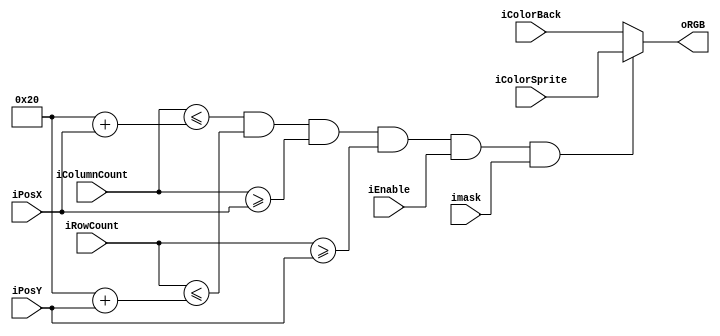
`timescale 1ns / 1ps
//////////////////////////////////////////////////////////////////////////////////
// Company: 
// Engineer: 
// 
// Design Name: 
// Module Name:    Sprite_Controller
// Project Name: 
// Target Devices: 
// Tool versions: 
// Description: 
//
// Dependencies: 
//
// Revision: 
// Revision 0.01 - File Created
// Additional Comments: 
//
//////////////////////////////////////////////////////////////////////////////////
module Sprite_Controller # ( parameter SizeX = 32, parameter SizeY = 32) (

	input wire [9:0] iColumnCount,
	input wire [9:0] iRowCount,
	input wire imask,
	input wire iEnable,
	input wire [9:0] iPosX,
	input wire [9:0] iPosY,
	input wire [2:0] iColorSprite,
	input wire [2:0] iColorBack ,
	output reg [2:0] oRGB
	
);

	
	always @ (*)
	begin 
		if(iColumnCount <= SizeX + iPosX && iRowCount <= SizeY + iPosY  
		&& iColumnCount >= iPosX && iRowCount >= iPosY && iEnable == 1 && imask == 1 ) 
		begin
			 oRGB <= iColorSprite;
		end 
		else 
		begin 
			oRGB <= iColorBack;
		end	
	end  
endmodule